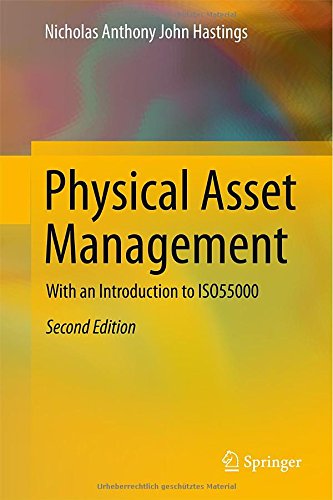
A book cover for Physical Asset Management: With an Introduction to ISO55000; Nicholas Anthony John Hastings; Business & Money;